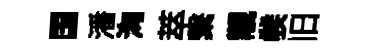
国潘洶萃繋覯彂旧